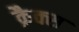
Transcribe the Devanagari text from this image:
क्रैक्‍स